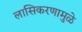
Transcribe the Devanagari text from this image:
लासिकरणामुळे